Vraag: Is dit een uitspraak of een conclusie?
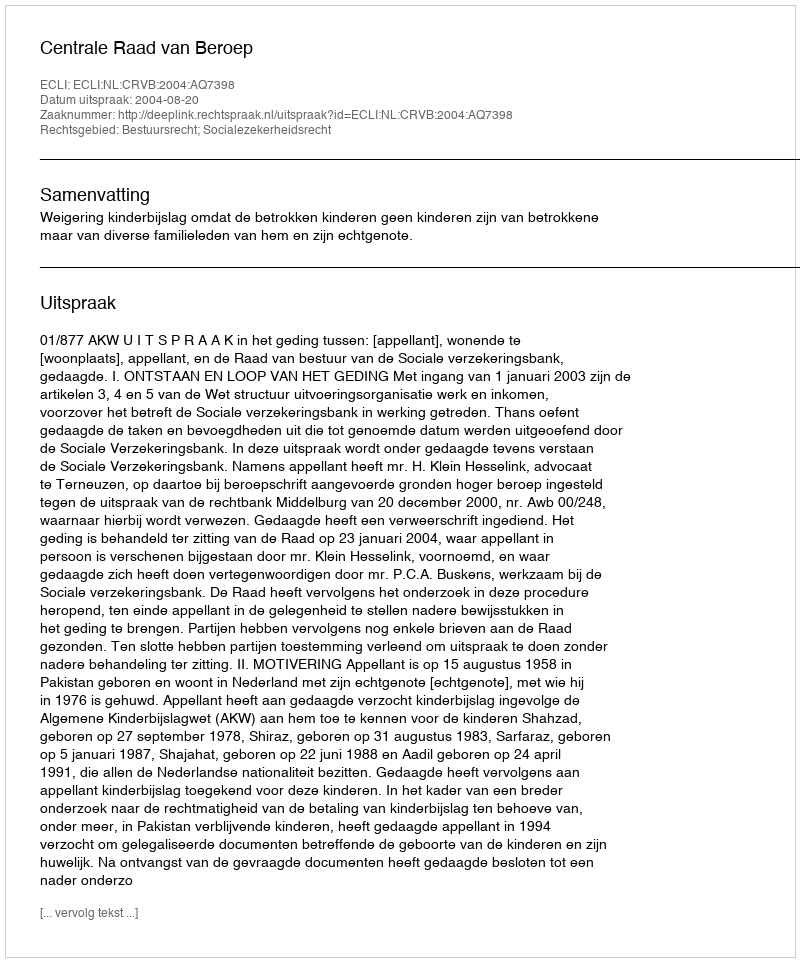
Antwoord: Uitspraak